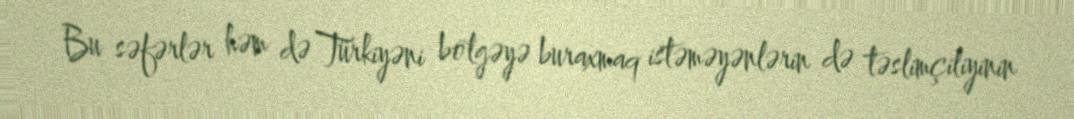
Bu səfərlər həm də Türkiyəni bölgəyə buraxmaq istəməyənlərin də təslimçiliyinin